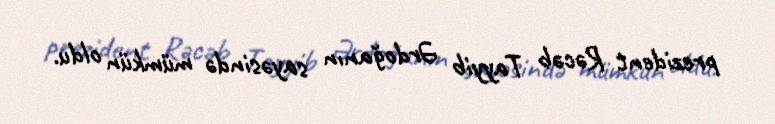
prezident Rəcəb Tayyib Ərdoğanın sayəsində mümkün oldu.